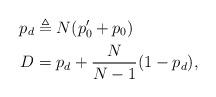
LaTeX: \begin{align*} p_d &\triangleq N (p'_0 + p_0)\\ D & = p_d + \frac{N}{N-1}(1-p_d),\end{align*}